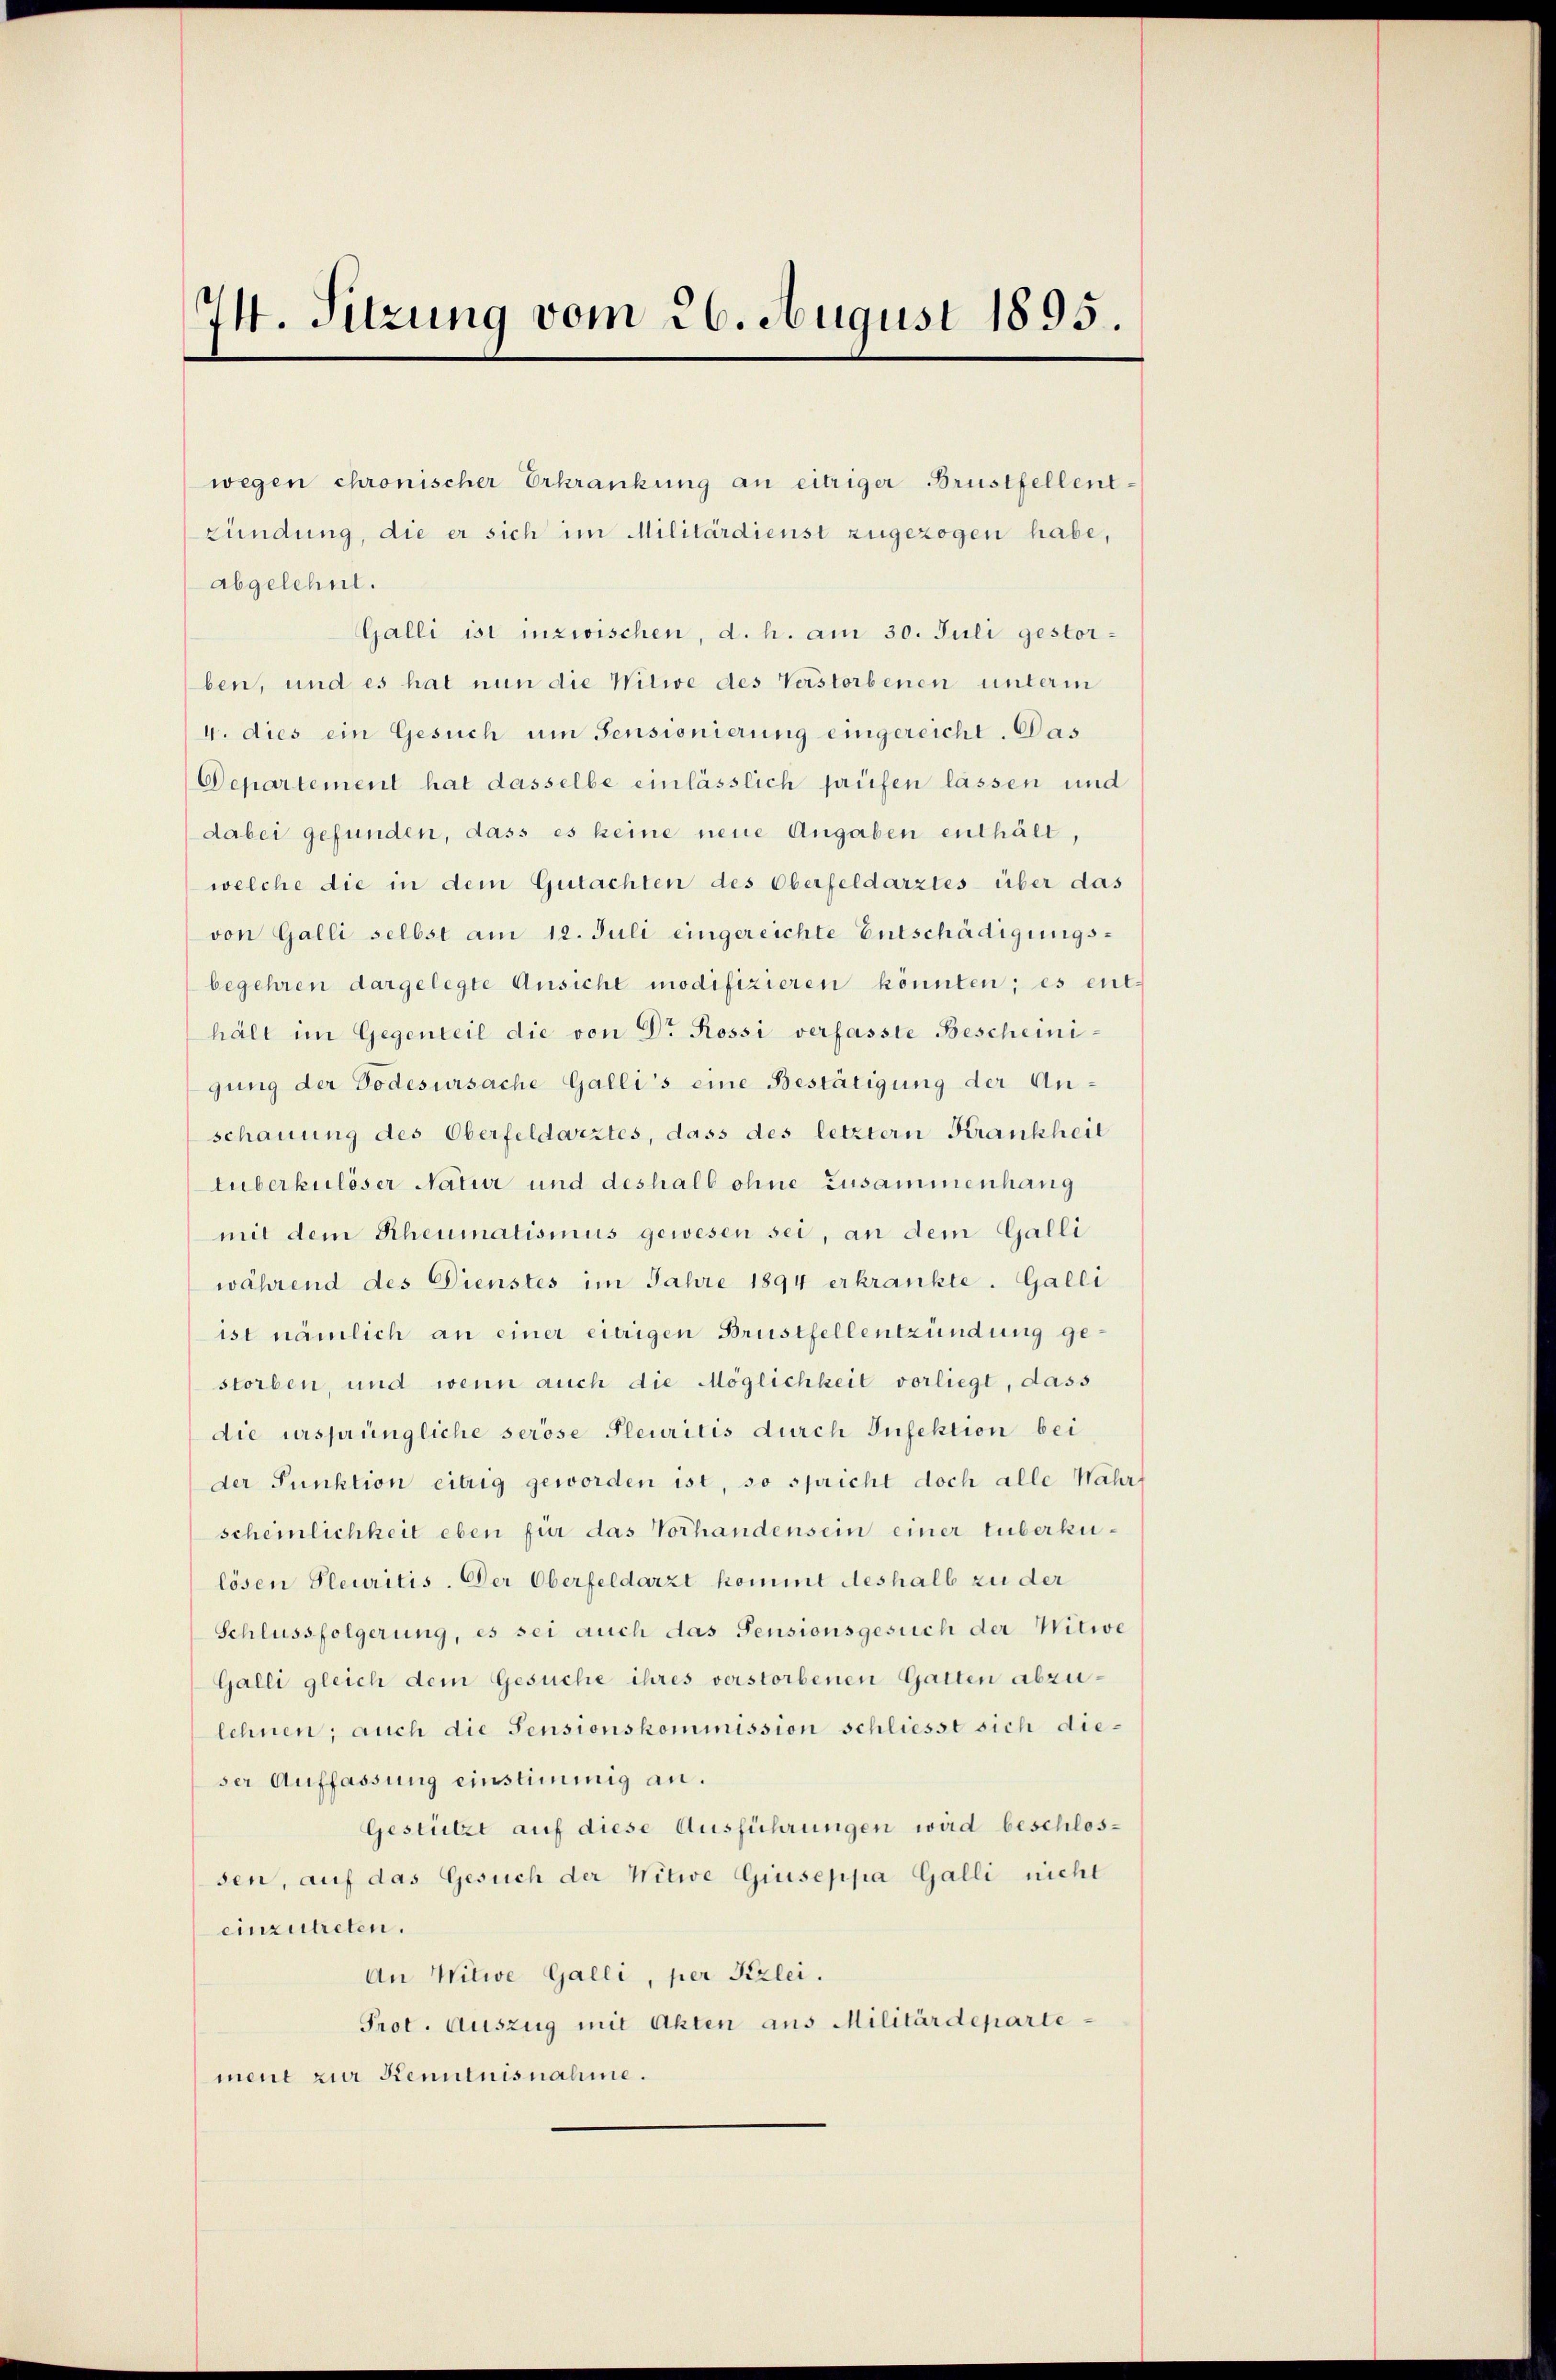
74. Sitzung vom 26. August 1895.

wegen chronischer Erkrankung an eitriger Brustfellentkündung, die er sich im Militärdienst zugezogen habe,
abgelehnt.
Galli ist inzwischen, d. h. am 30. Juli gestorben, und es hat nun die Witwe des Verstorbenen unterm
4. dies ein Gesuch um Sensionierung eingereicht. Das
Departement hat dasselbe einlässlich prüfen lassen und
dabei gefunden, dass es keine neue Angaben enthält,
welche die in dem Gutachten des Oberfeldarztes über das
von Galli selbst am 12. Juli eingereichte Entschädigungs-
begehren dargelegte Ansicht modifizieren könnten; es ent-
hält im Gegenteil die von Dr Rossi verfasste Bescheinigung der Todesursache Galli’s eine Bestätigung der Anschauung des Oberfeldarztes, dass des letztern Krankheit
tuberkulöser Natur und deshalb ohne Zusammenhang
mit dem Rheumatismus gewesen sei, an dem Galli
während des Dienstes im Jahre 1894 erkrankte. Galli
ist nämlich an einer eitrigen Brustfellentzündung gestorben, und wenn auch die Möglichkeit vorliegt, dass
die ursprüngliche serose Pleuritis durch Infektion bei
der Punktion eitrig geworden ist, so spricht doch alle Wahr
scheinlichkeit eben für das Vorhandensein einer tuberkulösen Pleuritis. Der Oberfeldarzt kommt deshalb zu der
Schlussfolgerung, es sei auch das Pensionsgesuch der Witwe
Galli gleich dem Gesuche ihres verstorbenen Gatten abzulehnen; auch die Sensionskommission schliesst sich dieser Auffassung einstimmig an.
Gestützt auf diese Ausführungen wird beschlossen, auf das Gesuch der Witwe Giuseppa Galli nicht
einzutreten.
An Witwe Galli, per Kizlei.
Prot. Auszug mit Akten aus Militärdepartemene zur Kenntnisnahme.